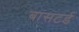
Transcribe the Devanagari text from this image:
बासटर्ड